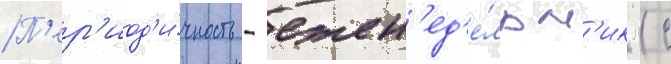
П'ер'иод'и́чность - ежен'ед'е́льн'ик (с